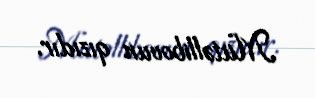
Mütəllibovun qızıdır.